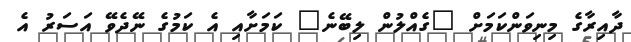
ދާއިރާގެ މިނިވަންކަމަށް "ގެއްލުން ލިބޭނެ" ކަމަށާއި އެ ކަމުގެ ނޭދެވޭ އަސަރު އެ